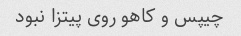
چیپس و کاهو روی پیتزا نبود